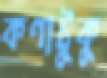
কণাটুকু